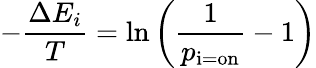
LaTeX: -{\frac{\Delta E_{i}}{T}}=\ln\left({\frac{1}{p_{\mathrm{i=on}}}}-1\right)